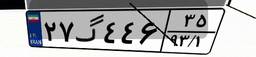
۲۷گ۴۴۶۳۵